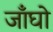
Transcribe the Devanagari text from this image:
जाँघो